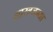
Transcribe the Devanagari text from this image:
शास्त्रजन्या